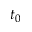
t _ { 0 }